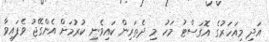
އަދި މިއަހަރުގެ އޮގަސްޓު މަހު މި ދެތަރިން ކައިވެނި ކުރުމަށް އެންގޭޖު ވެފައިވާ